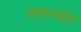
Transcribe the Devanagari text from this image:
लहानथोर